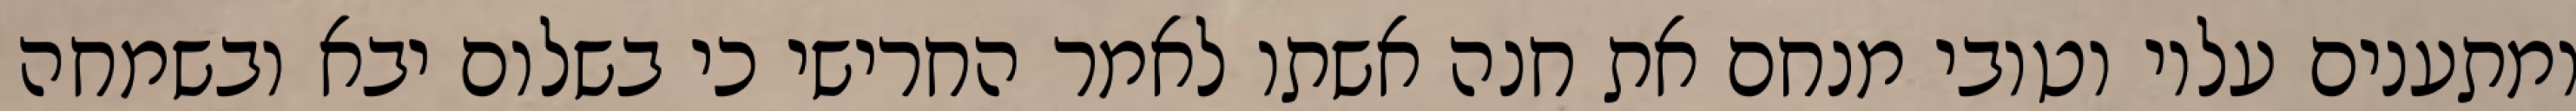
ומתענים עליו וטובי מנחם את חנה אשתו לאמר החרישי כי בשלום יבא ובשמחה